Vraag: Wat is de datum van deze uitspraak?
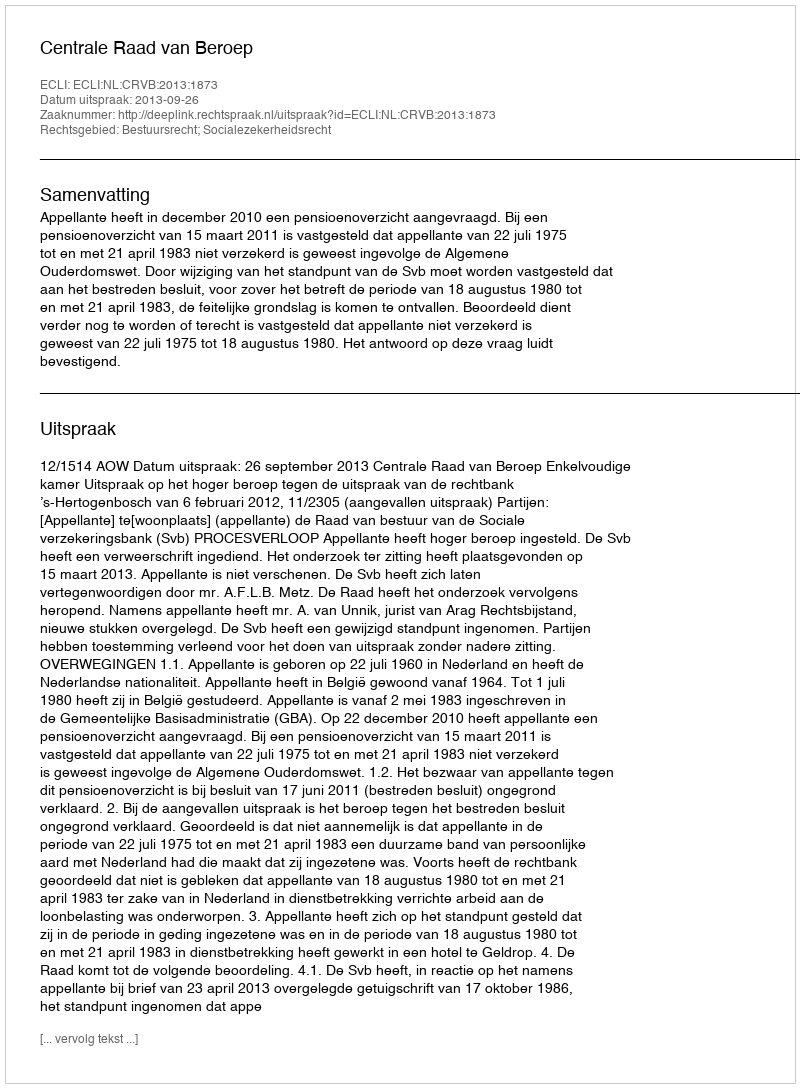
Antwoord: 2013-09-26